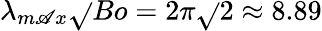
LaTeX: \lambda_{m\mathscr{A}x}\sqrt{}{{Bo}}=2\pi\sqrt{}{{2}}\approx8.89